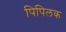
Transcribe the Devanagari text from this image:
पिपिलक